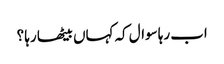
اب رہا سوال کہ کہاں بیٹھا رہا ؟